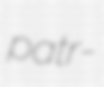
patr-